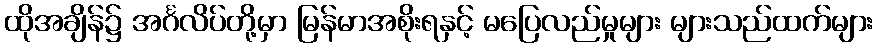
ထိုအချိန်၌ အင်္ဂလိပ်တို့မှာ မြန်မာအစိုးရနှင့် မပြေလည်မှုများ များသည်ထက်များ